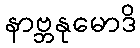
နာဗ္ဘနုမောဒိ